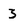
Character: 3